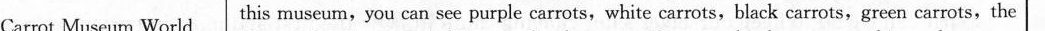
Carrot Museum World this museum,you can see purple carrots, white carrots, black carrots,green carrots, the